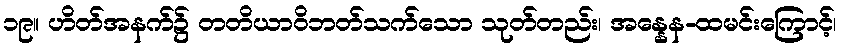
၁၉။ ဟိတ်အနက်၌ တတိယာဝိဘတ်သက်သော သုတ်တည်း၊ အန္နေန-ထမင်းကြောင့်၊